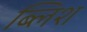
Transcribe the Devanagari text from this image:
ब्लिश